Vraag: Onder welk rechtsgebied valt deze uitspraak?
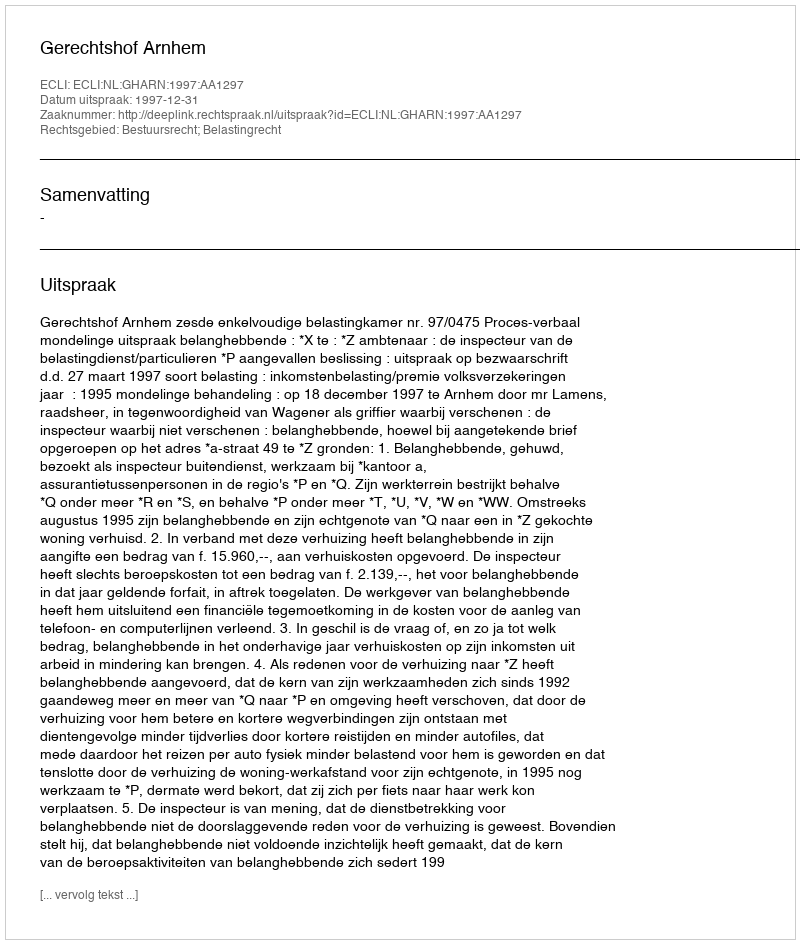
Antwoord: Bestuursrecht; Belastingrecht